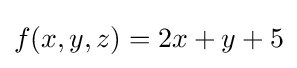
f(x,y,z)=2x+y+5